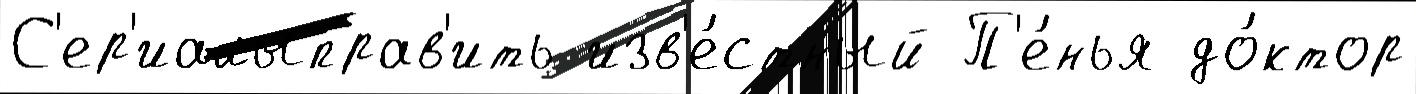
С'ер'иалыправ'ить изв'е́стный П'е́нья до́ктор